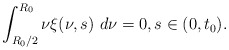
\begin{align*} \int_{R_{0}/2}^{R_{0}}\nu\xi(\nu,s)\ d\nu=0,s\in(0, t_{0}). \end{align*}